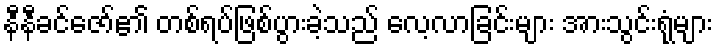
နီနီခင်ဇော်၏ တစ်ရပ်ဖြစ်ပွားခဲ့သည် လေ့လာခြင်းများ အားသွင်းရုံများ